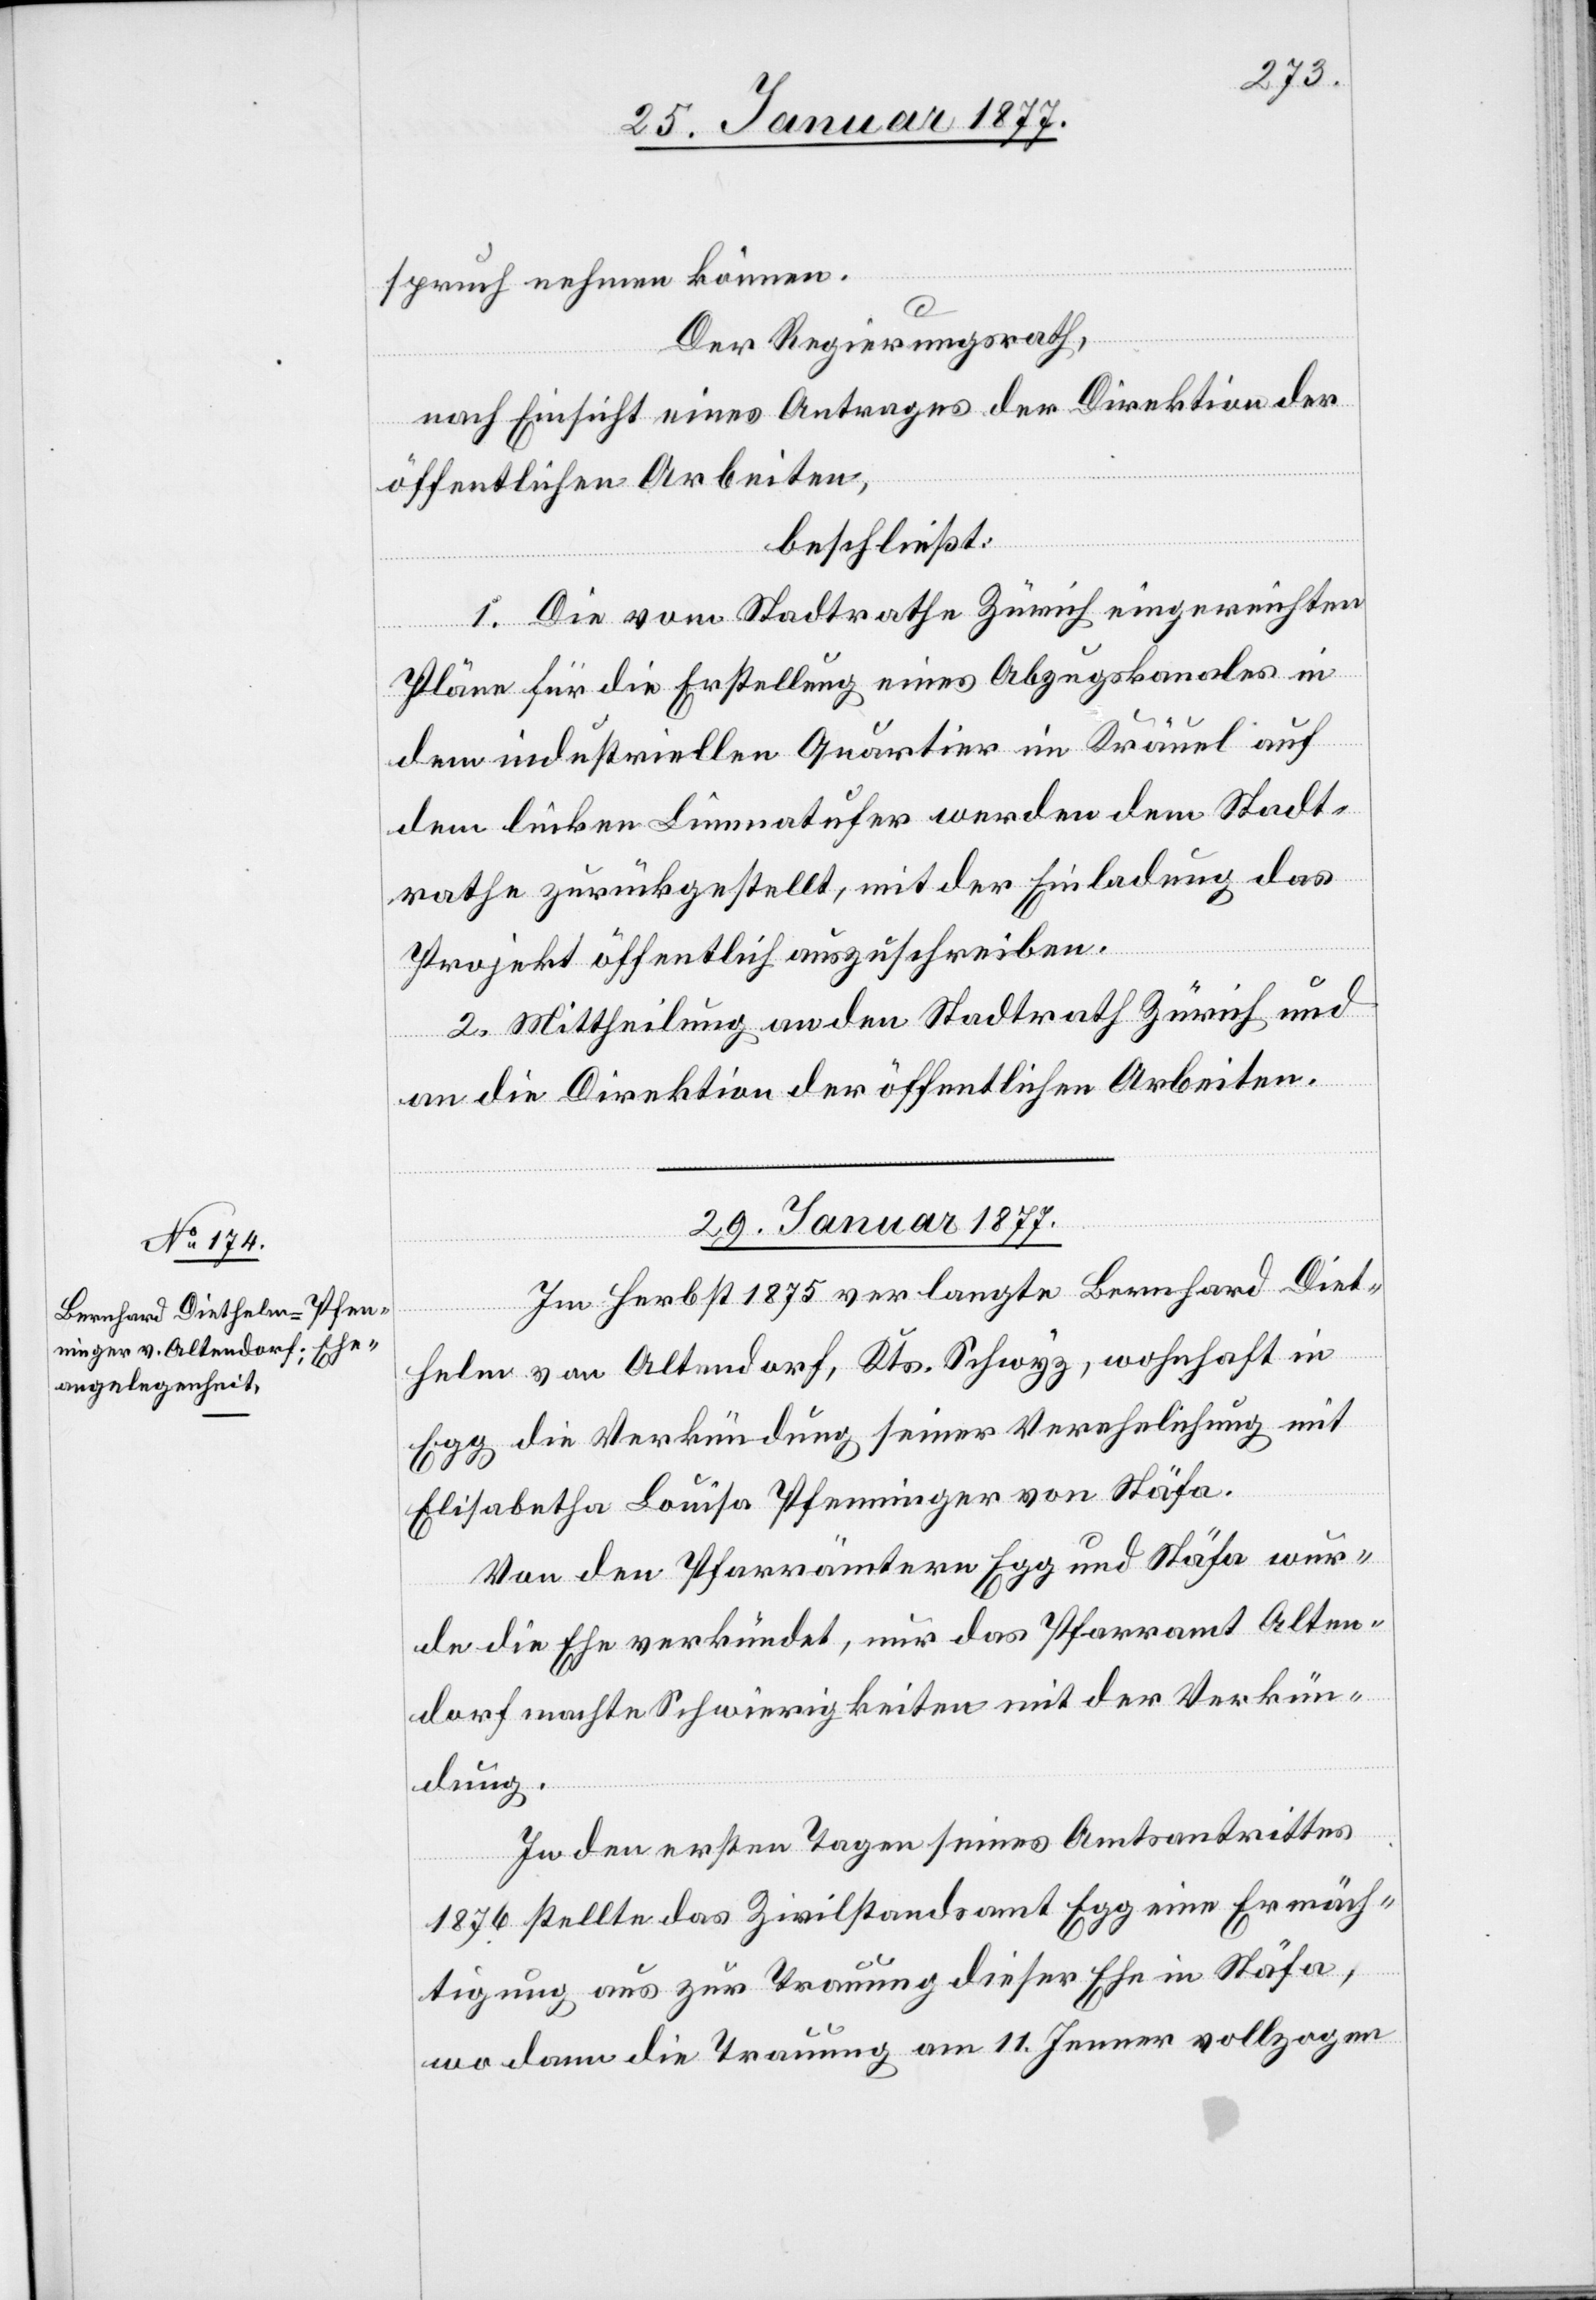
spruch nehmen können.
Der Regierungsrath,
nach Einsicht eines Antrages der Direktion der
öffentlichen Arbeiten,
beschließt:
1. Die vom Stadtrathe Zürich eingereichten
Pläne für die Erstellung eines Abzugskanales in
dem industriellen Quartier im Kräuel auf
dem linken Limmatufer werden dem Stadt¬
rathe zurückgestellt, mit der Einladung das
Projekt öffentlich auszuschreiben.
2. Mittheilung an den Stadtrath Zürich und
an die Direktion der öffentlichen Arbeiten.
29. Januar 1877.
Im Herbst 1875 verlangte Bernhard Diet¬
helm von Altendorf, Kts. Schwyz, wohnhaft in
Egg die Verkündung seiner Verehelichung mit
Elisabetha Louisa Pfenninger von Stäfa.
Von den Pfarrämtern Egg und Stäfa wur¬
de die Ehe verkündet, nur das Pfarramt Alten¬
dorf machte Schwierigkeiten mit der Verkün¬
dung.
In den ersten Tagen seines Amtsantrittes
1876 stellte das Zivilstandsamt Egg eine Ermäch¬
tigung aus zur Trauung dieser Ehe in Stäfa,
wo dann die Trauung am 11. Jenner vollzogen